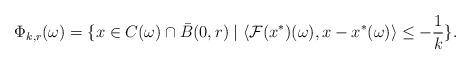
LaTeX: \begin{align*} \Phi_{k,r}(\omega)=\{x\in C(\omega)\cap\bar{B}(0,r)\mid \langle\mathcal{F}(x^*)(\omega),x-x^*(\omega)\rangle\le-\frac{1}{k}\}.\end{align*}